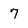
Character: 7